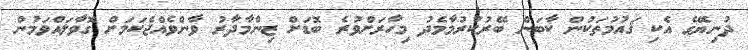
ދުނިޔޭގެ އެކި ޤައުމުތަކުން ކާބަން ބޭރުކުރުމާމެދު މިހާރަށްވުރެ ބޮޑަށް ޒިންމާދާރު ވާންވެއްޖެކަމަށް ގޮވާލައްވަމުން